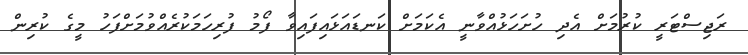
ރަޖިސްޓަރީ ކުރުމަށް އެދި ހުށަހަޅުއްވާނީ އެކަމަށް ކަނޑައަޅައިފައިވާ ފޯމު ފުރިހަމަކުރެއްވުމަށްފަހު މީގެ ކުރިން